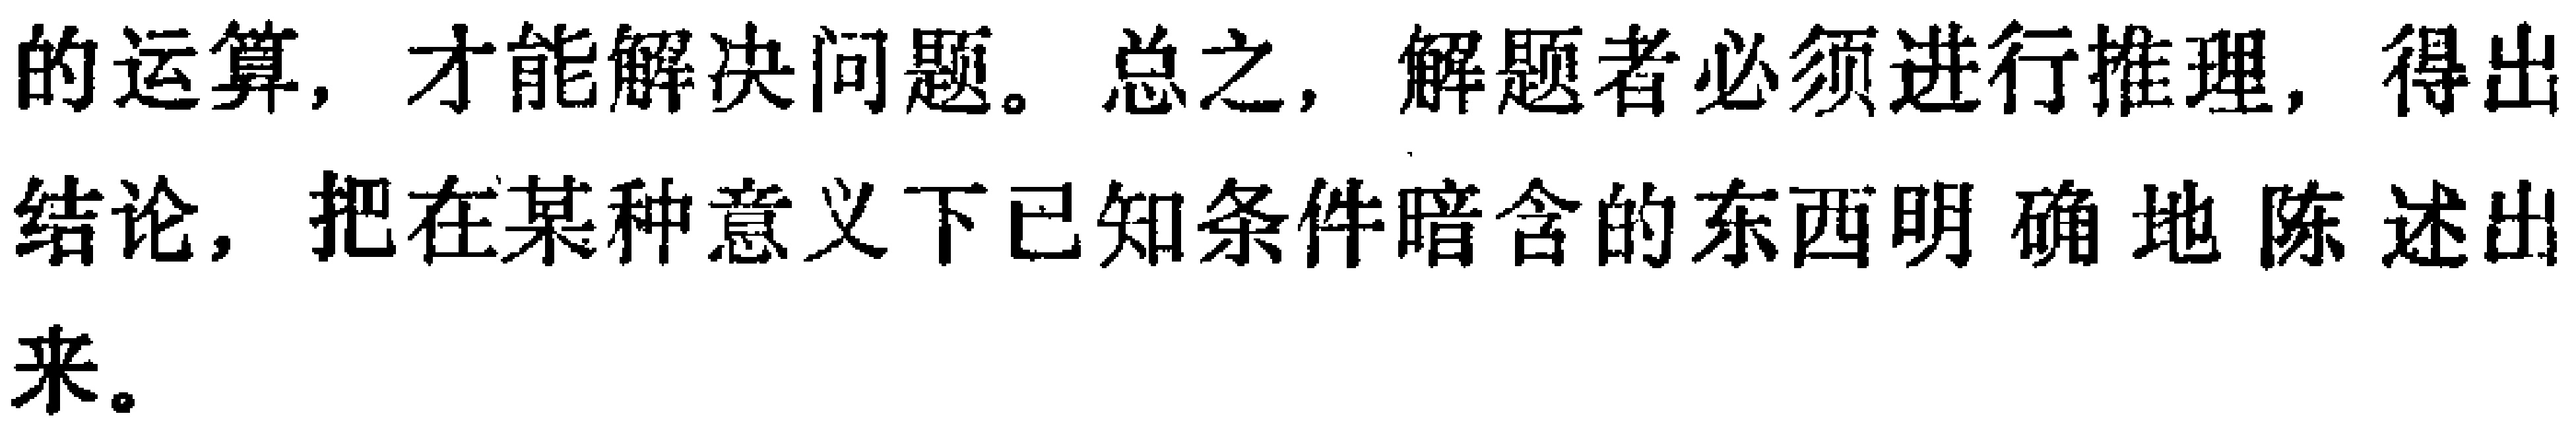
的运算，才能解决问题。总之，解题者必须进行推理，得出结论，把在某种意义下已知条件暗含的东西明确地陈述出来。